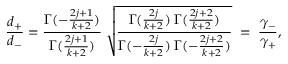
\frac { d _ { + } } { d _ { - } } = \frac { \Gamma ( - \frac { 2 j + 1 } { k + 2 } ) } { \Gamma ( \frac { 2 j + 1 } { k + 2 } ) } \; \sqrt { \frac { \Gamma ( \frac { 2 j } { k + 2 } ) \; \Gamma ( \frac { 2 j + 2 } { k + 2 } ) } { \Gamma ( - \frac { 2 j } { k + 2 } ) \; \Gamma ( - \frac { 2 j + 2 } { k + 2 } ) } } \; = \; \frac { \gamma _ { - } } { \gamma _ { + } } ,